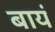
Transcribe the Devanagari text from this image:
बायं